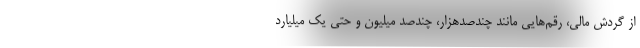
از گردش مالی، رقم‌هایی مانند چندصدهزار، چندصد میلیون و حتی یک میلیارد